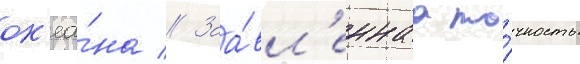
ок'еа́на // Заа́вл'еннаа то́чность